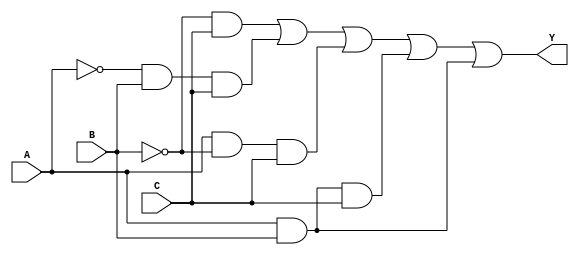
module combinational_logic (
    input wire A,  // Input A
    input wire B,  // Input B
    input wire C,  // Input C
    output wire Y  // Output Y
);

// Internal signals for intermediate calculations
wire A_not, B_not, C_not;
wire term1, term2, term3, term4, term5;

// Invert inputs
not (A_not, A);
not (B_not, B);
not (C_not, C);

// Generate product terms based on the minimized expression
and (term1, B_not, C);         // B'C
and (term2, A_not, B, C);      // A'BC
and (term3, A, B_not, C);      // AB'C
and (term4, A, B, C);          // ABC
and (term5, A, B);             // AB

// Sum the product terms to get the final output
or (Y, term1, term2, term3, term4, term5);

endmodule